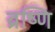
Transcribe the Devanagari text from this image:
व्रष्णि